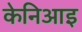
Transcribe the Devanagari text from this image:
केनिआइ